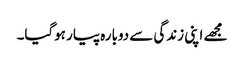
مجھے اپنی زندگی سے دوبارہ پیار ہوگیا۔